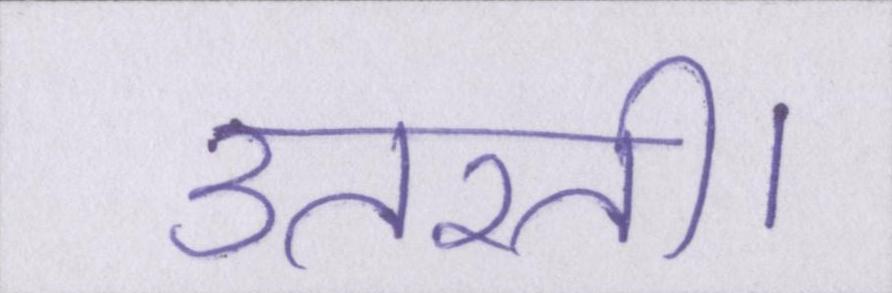
उतरती।